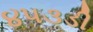
૪૫૩ડી